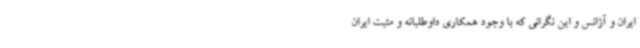
ایران و آژانس و این نگرانی که با وجود همکاری داوطلبانه و مثبت ایران